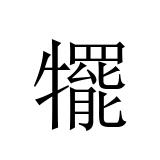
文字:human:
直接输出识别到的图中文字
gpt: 犤